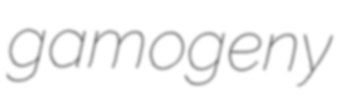
gamogeny